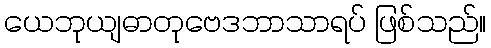
ယေဘုယျဓာတုဗေဒဘာသာရပ် ဖြစ်သည်။